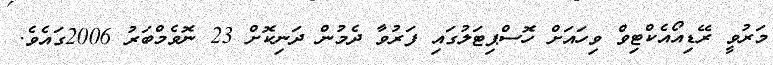
މަރުވީ ރޭޑިއޯއެކްޓިވް ވިހައަށް ހޮސްޕިޓަލުގައި ފަރުވާ ދެމުން ދަނިކޮށް 23 ނޮވެމްބަރު 2006ގައެވެ.